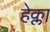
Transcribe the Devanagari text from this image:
हेक्ला